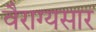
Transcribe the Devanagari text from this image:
वैराग्यसार